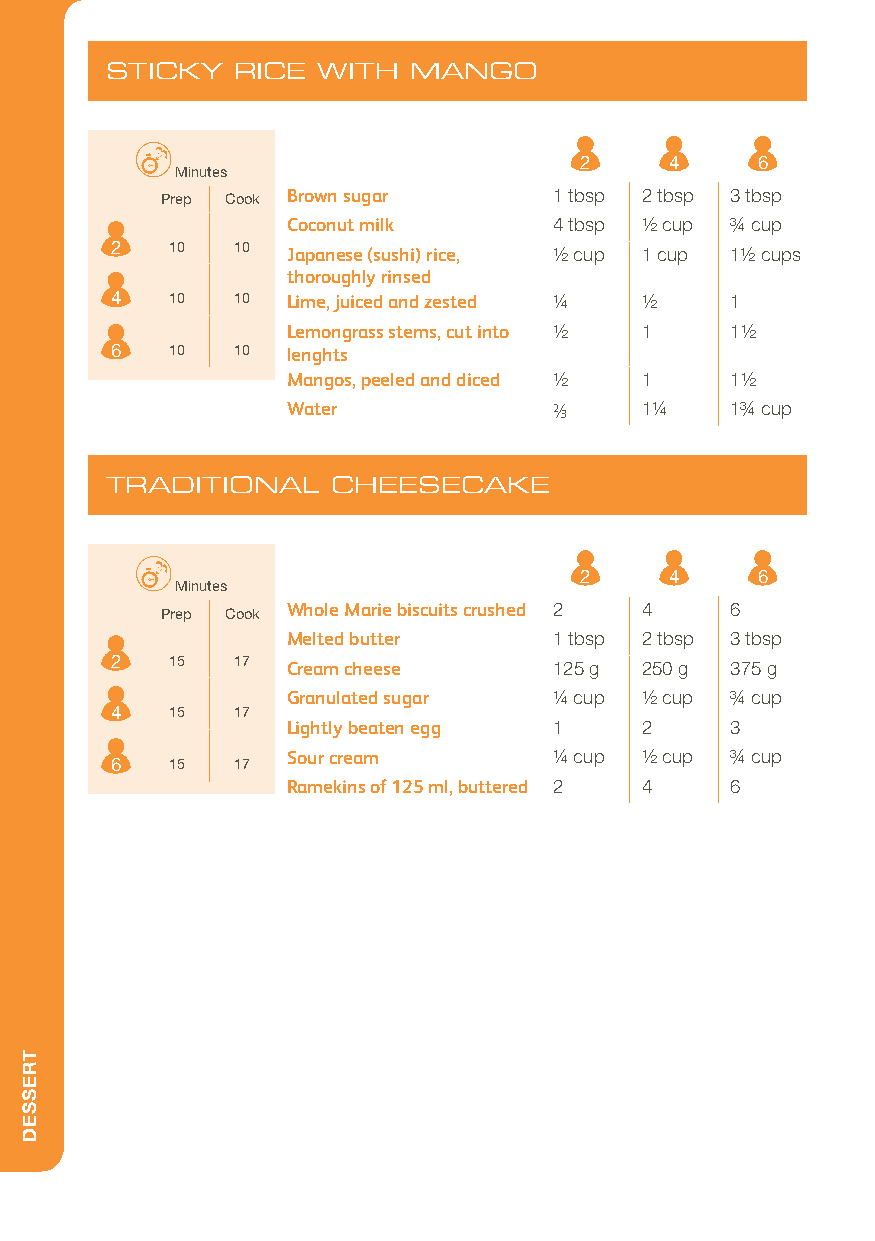
STICKY   RICE WITH  MANGO
 2     4     6
 Minutes
 Prep Cook Brown sugar     1 tbsp 2 tbsp 3 tbsp
 Coconut milk      4 tbsp 1/2 cup 3/4 cup
 2   10  10  Japanese (sushi) rice, 1/2 cup 1 cup 11/2 cups
 thoroughly rinsed
 4   10  10  Lime, juiced and zested 1/4 1/2 1
 Lemongrass stems, cut into 1/2 1 11/2
 6   10  10  lenghts
 Mangos, peeled and diced 1/2 1 11/2
 Water             2/3  11/4  13/4 cup
 TRADITIONAL    CHEESECAKE
 2     4     6
 Minutes
 Prep Cook Whole Marie biscuits crushed 2 4 6
 Melted butter     1 tbsp 2 tbsp 3 tbsp
 2   15  17  Cream cheese      125 g 250 g 375 g
 Granulated sugar  1/4 cup 1/2 cup 3/4 cup
 4   15  17
 Lightly beaten egg 1   2     3
 Sour cream        1/4 cup 1/2 cup 3/4 cup
 6   15  17
 Ramekins of 125 ml, buttered 2 4 6
 TRESSED